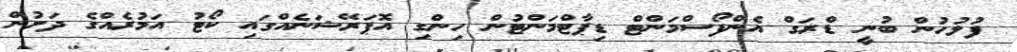
ފުލުހުން ބުނީ ޑްރަގް އެންފޯސްމަންޓް ޑިޕާޓްމަންޓުން ހިންގި އޮޕަރޭޝަނެއްގައި ކޯޓު އަމުރެއްގެ ދަށުން